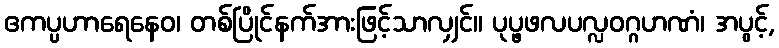
ဧကပ္ပဟာရေနေဝ၊ တစ်ပြိုင်နက်အားဖြင့်သာလျှင်။ ပုပ္ဖဖလပလ္လဝဂ္ဂဟဏံ၊ အပွင့်,